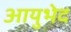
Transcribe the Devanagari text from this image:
आयुभेद